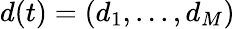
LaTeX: d(t)=(d_{1},...,d_{M})